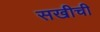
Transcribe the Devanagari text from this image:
सखीची